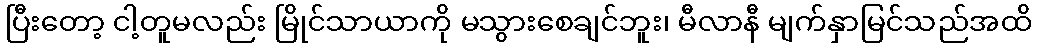
ပြီးတော့ ငါ့တူမလည်း မြိုင်သာယာကို မသွားစေချင်ဘူး၊ မီလာနီ မျက်နှာမြင်သည်အထိ